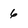
Character: 6